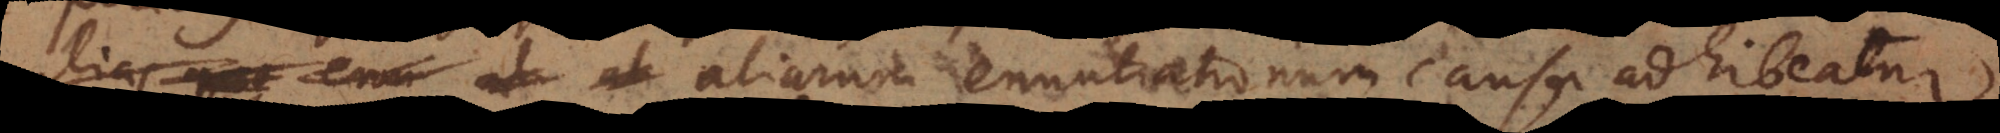
aliarum enuntiationum causa adhibeatur.